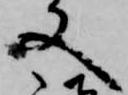
又